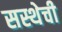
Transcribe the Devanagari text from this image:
सस्थेची